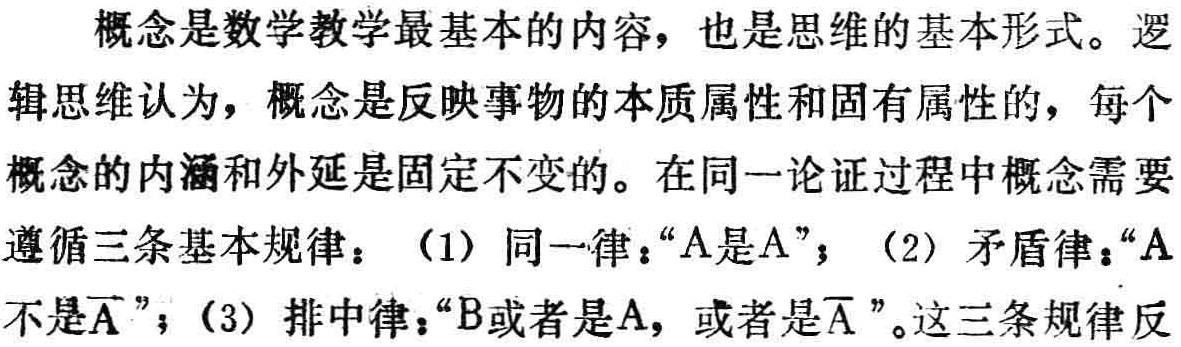
概念是数学教学最基本的内容，也是思维的基本形式。逻辑思维认为，概念是反映事物的本质属性和固有属性的，每个概念的内涵和外延是固定不变的。在同一论证过程中概念需要遵循三条基本规律：（1）同一律：“A是A”；（2）矛盾律：“A不是\(\overline{A}\)”；（3）排中律：“B或者是A，或者是\(\overline{A}\)”。这三条规律反